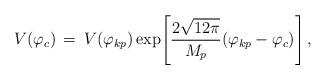
LaTeX: \begin{align*}V(\varphi_{c}) \, = \, V(\varphi_{kp}) \exp \Biggr[\frac{2\sqrt{12\pi}}{M_{p}}(\varphi_{kp}-\varphi_{c})\Biggr] \, ,\end{align*}